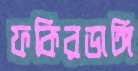
ফকিরডাঙ্গি